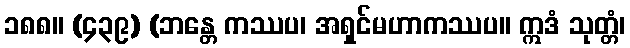
၁၈၈။ (၄၃၉) (ဘန္တေ ကဿပ၊ အရှင်မဟာကဿပ။ ဣဒံ သုတ္တံ၊